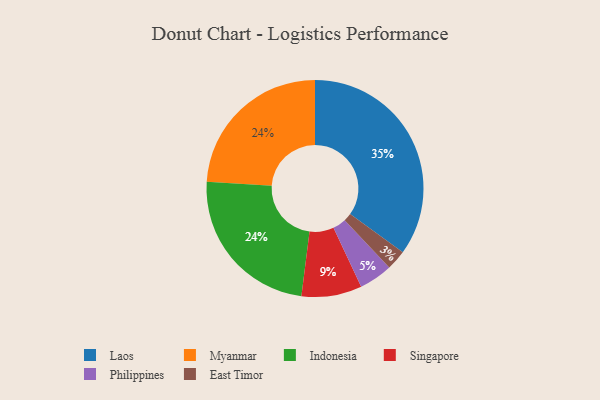
{"axis": {"x": "Category", "y": "Percentage"}, "legend": ["East Timor", "Indonesia", "Laos", "Myanmar", "Philippines", "Singapore"], "data": [{"x": "East Timor", "y": 3, "type": "East Timor"}, {"x": "Myanmar", "y": 24, "type": "Myanmar"}, {"x": "Philippines", "y": 5, "type": "Philippines"}, {"x": "Laos", "y": 35, "type": "Laos"}, {"x": "Singapore", "y": 9, "type": "Singapore"}, {"x": "Indonesia", "y": 24, "type": "Indonesia"}]}